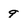
Character: 9